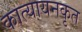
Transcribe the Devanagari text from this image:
कात्यायनकृत